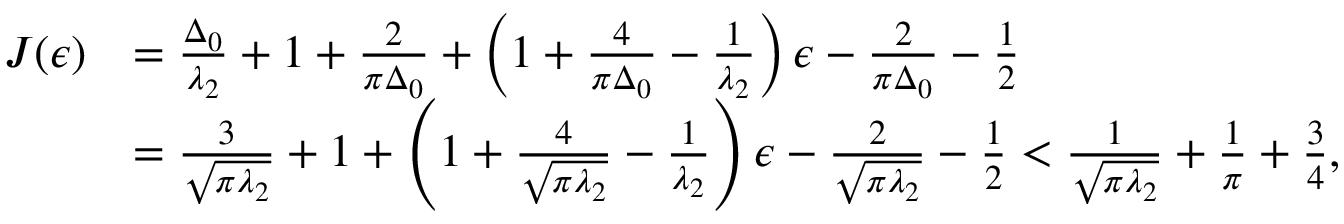
\begin{array} { r l } { J ( \epsilon ) } & { = \frac { \Delta _ { 0 } } { \lambda _ { 2 } } + 1 + \frac { 2 } { \pi \Delta _ { 0 } } + \left( 1 + \frac { 4 } { \pi \Delta _ { 0 } } - \frac { 1 } { \lambda _ { 2 } } \right) \epsilon - \frac { 2 } { \pi \Delta _ { 0 } } - \frac { 1 } { 2 } } \\ & { = \frac { 3 } { \sqrt { \pi \lambda _ { 2 } } } + 1 + \left( 1 + \frac { 4 } { \sqrt { \pi \lambda _ { 2 } } } - \frac { 1 } { \lambda _ { 2 } } \right) \epsilon - \frac { 2 } { \sqrt { \pi \lambda _ { 2 } } } - \frac { 1 } { 2 } < \frac { 1 } { \sqrt { \pi \lambda _ { 2 } } } + \frac { 1 } { \pi } + \frac { 3 } { 4 } , } \end{array}